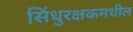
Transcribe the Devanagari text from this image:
सिंधुरक्षकमधील